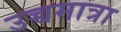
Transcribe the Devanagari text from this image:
उच्चमात्रा